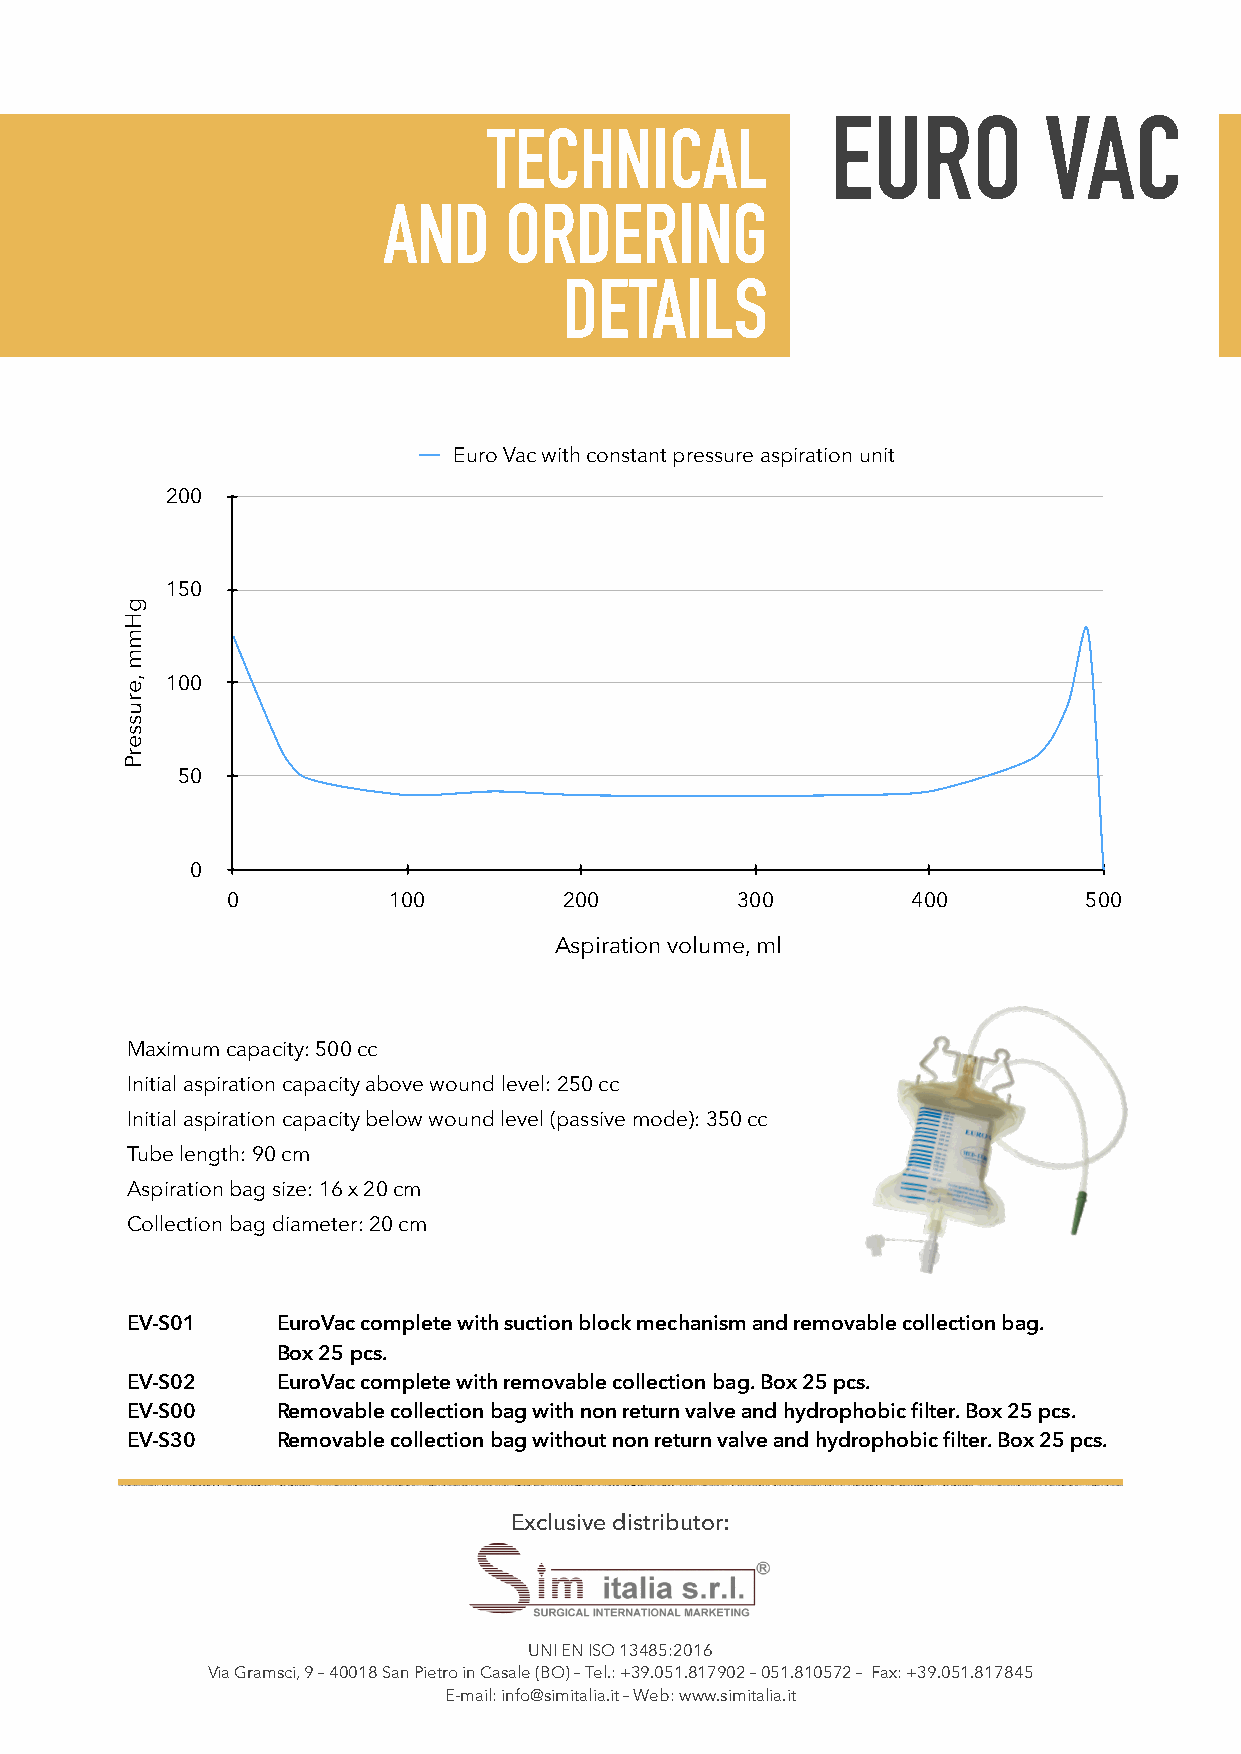
EURO          VAC
 TECHNICAL
 AND     ORDERING
 DETAILS
 Euro Vac with constant pressure aspiration unit
 200
 150
 100
 50
 0
 0          100        200         300        400         500
 Aspiration volume, ml
 Maximum capacity: 500 cc
 Initial aspiration capacity above wound level: 250 cc
 Initial aspiration capacity below wound level (passive mode): 350 cc
 Tube length: 90 cm
 Aspiration bag size: 16 x 20 cm
 Collection bag diameter: 20 cm
 EV-S01    EuroVac complete with suction block mechanism and removable collection bag.
 Box 25 pcs.
 EV-S02    EuroVac complete with removable collection bag. Box 25 pcs.
 EV-S00    Removable collection bag with non return valve and hydrophobic filter. Box 25 pcs.
 EV-S30    Removable collection bag without non return valve and hydrophobic filter. Box 25 pcs.
 Exclusive distributor:
 UNI EN ISO 13485:2016
 Via Gramsci, 9 – 40018 San Pietro in Casale (BO) – Tel.: +39.051.817902 – 051.810572 – Fax: +39.051.817845
 E-mail: info@simitalia.it – Web: www.simitalia.it
 gHmm
 ,erusserP